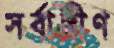
সর্বাঙ্গীণ